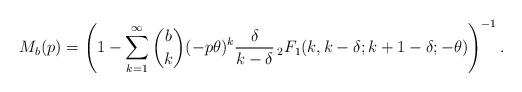
LaTeX: \begin{align*} M_b(p)=\left(1-\sum_{k=1}^\infty \binom bk (-p\theta)^k \frac{\delta}{k-\delta}\, _2F_1(k, k-\delta; k+1-\delta;-\theta)\right)^{-1}. \end{align*}